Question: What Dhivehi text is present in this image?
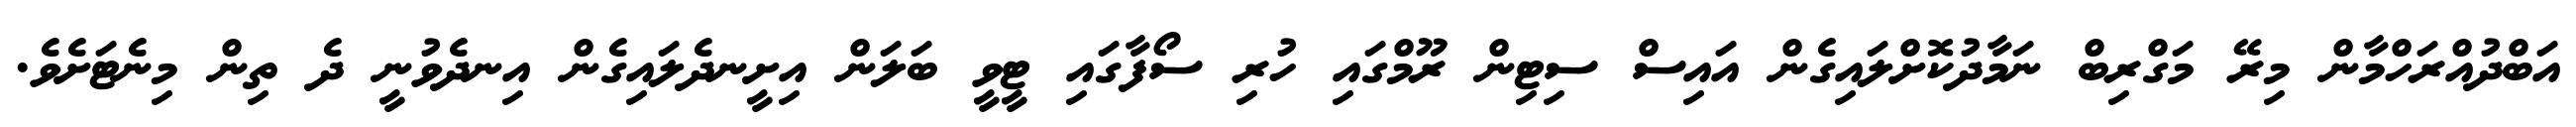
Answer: އަބްދުއްރަހްމާން މިރޭ މަގްރިބް ނަމާދުކޮށްލައިގެން އައިސް ސިޓިން ރޫމްގައި ހުރި ސޯފާގައި ޓީވީ ބަލަން އިށީނދެލައިގެން އިނދެވުނީ ދެ ތިން މިނެޓަށެވެ.